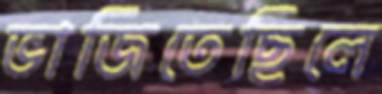
ভাজিতেছিলে